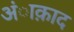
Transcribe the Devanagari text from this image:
अंाक़ाद